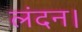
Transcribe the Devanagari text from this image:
लंदन।